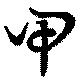
甲